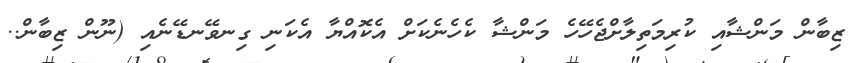
ޒިބާން މަންޝާއި ކުރިމަތިލާށްޖެހޭހެ މަންޝާ ކެހެނެކަށް އެކޮއްޔާ އެކަނި ގިނވޭނޑޭނެއި (ނޫން ޒިބާން..